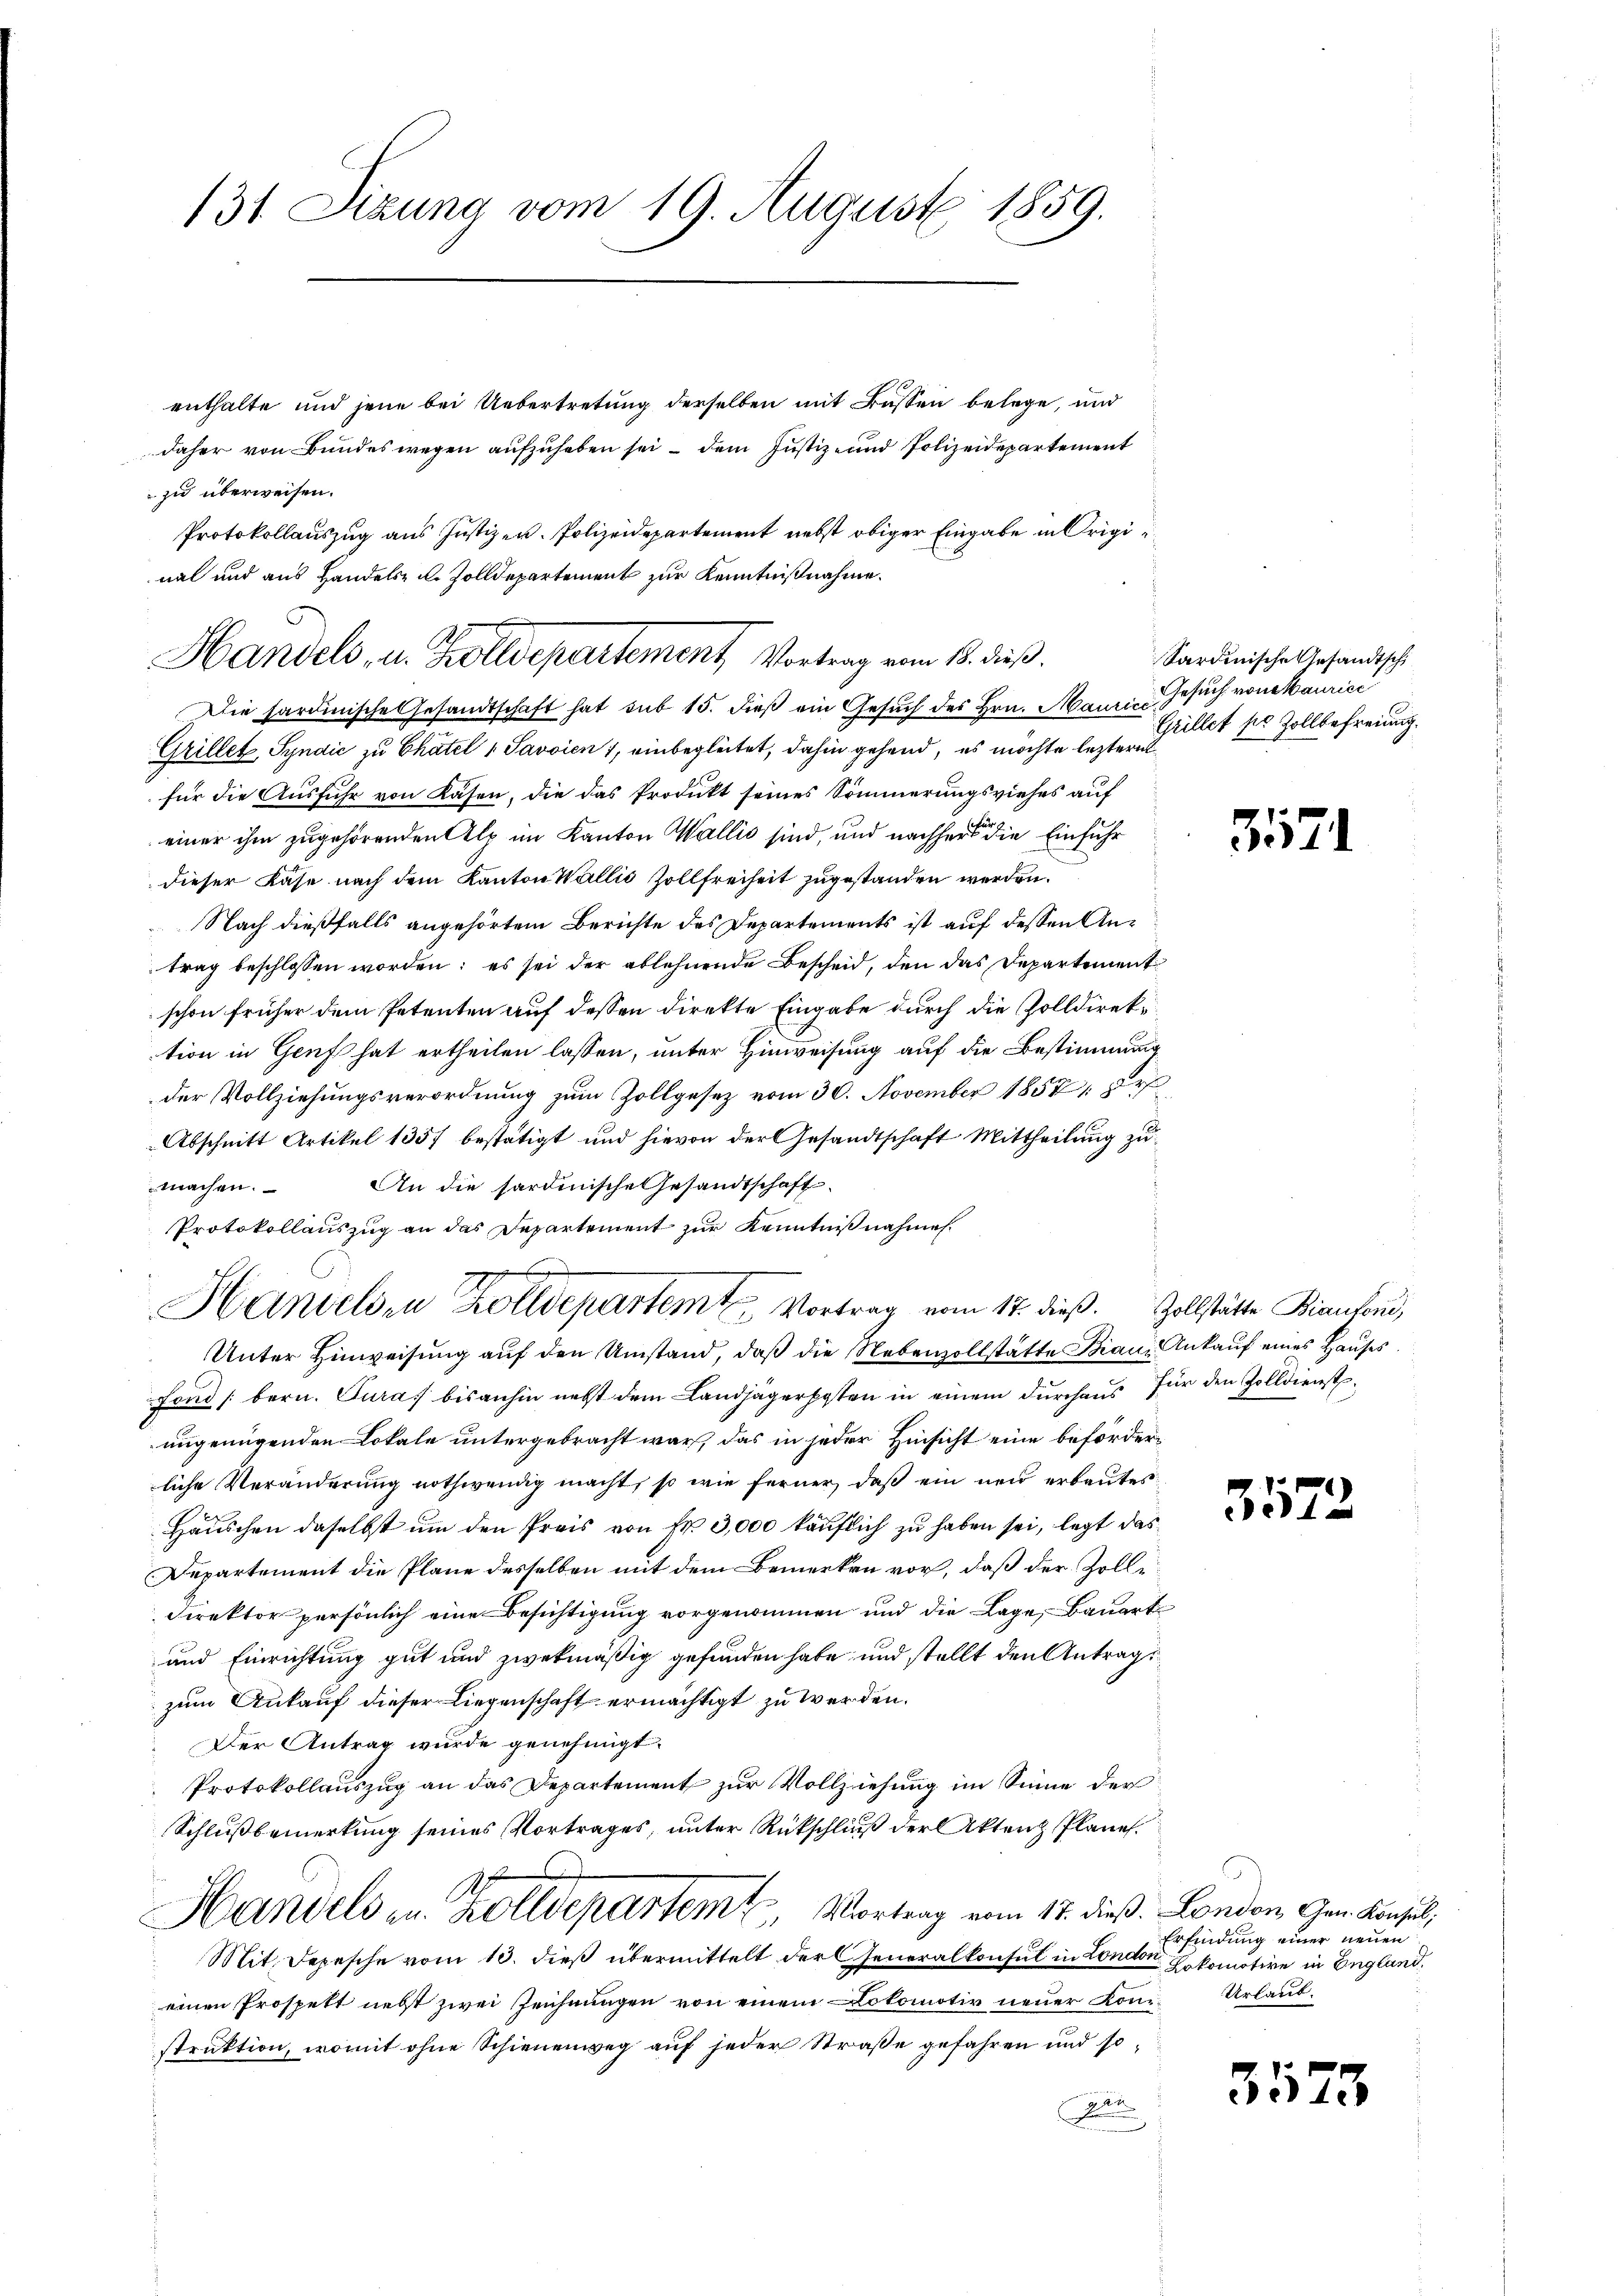
131 Sizung vom 19. August 1859.

enthalte und jene bei Uebertretung derselben mit Büssen belege, und
daher von Bundes wegen aufzuheben sei – dem Justiz- und Polizeidepartement
zu überweisen.
Protokollauszug aus Justizen. Polizeidepartement nebst obiger Eingabe in Original und aus Handels- u. Zolldepartement zur Kenntnißnahme.
Die sardinische Gesandtschaft hat sub 15. dieß ein Gesuch des Hrn. Maurie Gesuch von Maurice
Grillet, Syndić zu Chätel 1 Savoient, einbegleitet, dahin gehend, es möchte leztere
für die Ausfuhr von Kasen, die das Produkt seines Sommerungsviehes auf
einer ihm zugehörenden Alp im Kanton Wallis sind, und nachher die Einfuhr
dieser Käse nach dem Kanton Wallis Zollfreiheit zugestanden werden.
Nach dießfalls angehörtem Berichte des Departements ist auf dessen Antrag beschlossen worden; es sei der ablehnende Bescheid, den das Departement
schon früher dem Petenten auf dessen direkte Eingabe durch die Zolldirektion in Genf hat ertheilen lassen, unter Hinweisung auf die Bestimmung
der Vollziehungsverordnung zŭm Zollgesetz vom 30. November 18581. 87
Abschnitt Artikel 1357 bestätigt und hievon der Gesandtschaft Mittheilung zu
An die sardinische Gesandtschaft
machen.
Protokollauszug an das Departement zur Kenntnißnahmen.
Handelsen Kolldepartem Vortrag vom 17. dieß. Zollstätte Brautend,
Unter Hinweisung auf den Umstand, daß die Nebenzollstätte Braun Ankauf eines Hauses
Fond [bern. Curas bisanhin nebst dem Landjägerposten in einem durchaus für den Zolldienstungenügenden Lokale untergebracht war, das in jeder Hinsicht eine beförderliche Veränderung nothwendig macht, so wie ferner, daß ein neu erbautes
Häuschen daselbst um den Preis von Fr. 3,000 käuflich zu haben sei, legt das
Departement die Pläne desselben mit dem Bemerken vor, daß der Zoll¬
Direktor persönlich eine Besichtigung vorgenommen und die Lage, Bauart
und Einrichtung gut und zwekmäßig gefunden habe und stellt den Antragszum Ankauf dieser Liegenschaft ermächtigt zu werden.
Der Antrag wurde genehmigt.
Protokollauszug an das Departement zur Vollziehung im Sinne der
Schlußbemerkung seines Vortrages, unter Rückschluß der Akten Plane.
A
Handels in Zolldepartem Vortrag vom 17. dieß. London, Gen. Konsul,
Mit Depesche vom 10. dieß übermittelt der Generalkonsul in London Lokomotive in England.
einen Prospekt nebst zwei Zeichnungen von einem Lokomotiv neuer Kon-Urlaub
struktion, womit ohne Schienenweg auf jeder Straße gefahren und so¬
A

Handels, u. Zolldepartement, Vortrag vom 15. dieß.

Sardinische Gesandtsch
Grillet pr Zollbefreiung.

3571

3572

Erfindung einer neuen

3573